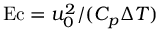
\mathrm { E c } = u _ { 0 } ^ { 2 } / ( C _ { p } \Delta T )